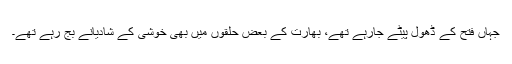
جہاں فتح کے ڈھول پیٹے جارہے تھے، بھارت کے بعض حلقوں میں بھی خوشی کے شادیانے بج رہے تھے۔